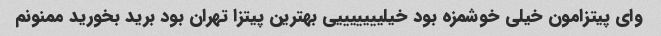
وای پیتزامون خیلی خوشمزه بود خیلیییییییی بهترین پیتزا تهران بود برید بخورید ممنونم